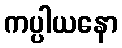
ကပ္ပါယနော